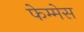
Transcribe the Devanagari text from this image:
फेम्मेस